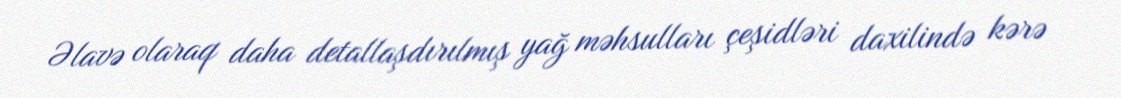
Əlavə olaraq daha detallaşdırılmış yağ məhsulları çeşidləri daxilində kərə